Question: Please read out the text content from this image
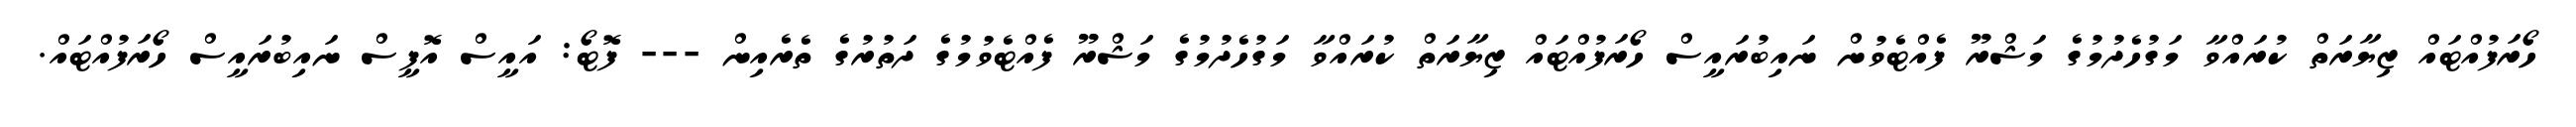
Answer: ހޯރަފުއްޓައް ޒިޔާރަތް ކުރައްވާ މަގުހެދުމުގެ މަޝްރޫ ފެއްޓެވުން ނައިބުރައީސް ހޯރަފުއްޓައް ޒިޔާރަތް ކުރައްވާ މަގުހެދުމުގެ މަޝްރޫ ފެއްޓެވުމުގެ ދަތުރުގެ ތެރެއިން --- ފޮޓޯ: އައީސް އޮފީސް ނައިބުރައީސް ހޯރަފުއްޓައް.